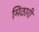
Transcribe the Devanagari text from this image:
मिठारी